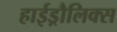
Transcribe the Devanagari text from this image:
हाईड्रौलिक्स